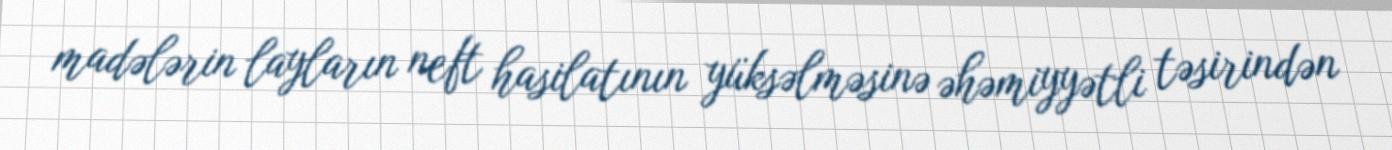
madələrin layların neft hasilatının yüksəlməsinə əhəmiyyətli təsirindən